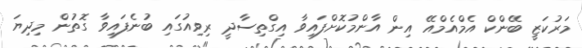
މަރުކަޒީ ބޭންކް އެމްއެމްއޭ އިން އާންމުކޮށްފައިވާ އިގްތިސާދީ ރިވިއުގައި ބުނެފައިވާ ގޮތުން މިދިޔަ